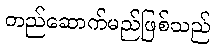
တည်ဆောက်မည်ဖြစ်သည်